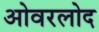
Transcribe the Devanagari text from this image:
ओवरलोद